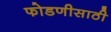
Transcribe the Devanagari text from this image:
फोडणीसाठी